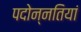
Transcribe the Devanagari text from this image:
पदोन्नतियां